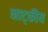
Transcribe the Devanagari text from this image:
नाट्कीय